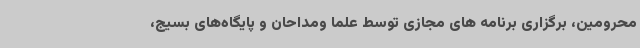
محرومین، برگزاری برنامه های مجازی توسط علما ومداحان و پایگاه‌های بسیج،